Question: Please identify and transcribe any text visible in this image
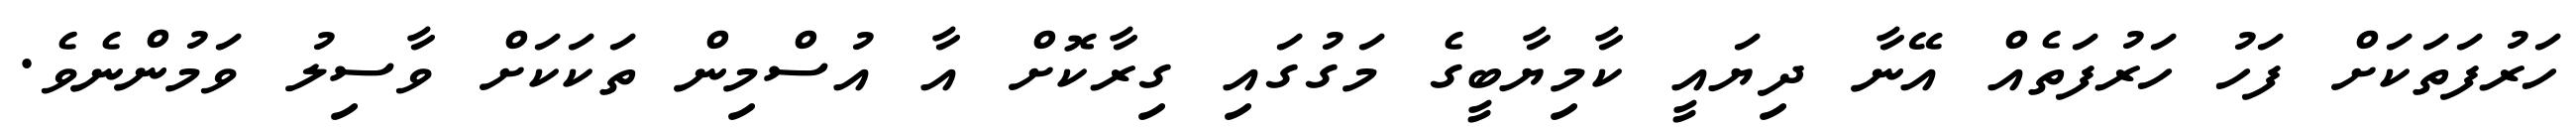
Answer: ހަރުފަތަކަށް ފަހު ހަރުފަތެއް އޭނާ ދިޔައީ ކާމިޔާބީގެ މަގުގައި ގިރާކޮށް އާ އުސްމިން ތަކަކަށް ވާސިލު ވަމުންނެވެ.